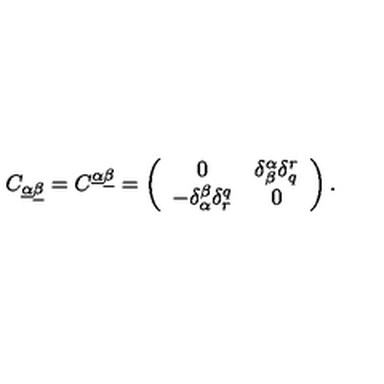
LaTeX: C _ { \underline { \alpha } \underline { \beta } } = C ^ { \underline { \alpha } \underline { \beta } } = \left( \begin{array} { c c } { 0 } & { \delta _ { \beta } ^ { \alpha } \delta _ { q } ^ { r } } \\ { - \delta _ { \alpha } ^ { \beta } \delta _ { r } ^ { q } } & { 0 } \\ \end{array} \right) .